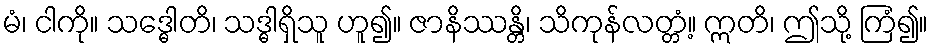
မံ၊ ငါကို။ သဒ္ဓေါတိ၊ သဒ္ဓါရှိသူ ဟူ၍။ ဇာနိဿန္တိ၊ သိကုန်လတ္တံ့။ ဣတိ၊ ဤသို့ ကြံ၍။